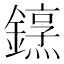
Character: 𨬤